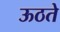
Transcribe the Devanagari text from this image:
ऊठते